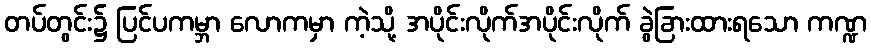
တပ်တွင်း၌ ပြင်ပကမ္ဘာ လောကမှာ ကဲ့သို့ အပိုင်းလိုက်အပိုင်းလိုက် ခွဲခြားထားရသော ကဏ္ဍ